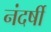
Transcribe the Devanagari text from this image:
नंदर्षी